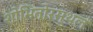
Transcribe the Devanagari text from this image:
शोभितोरस्थलं